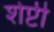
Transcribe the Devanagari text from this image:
शेप्टी